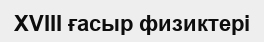
XVIII ғасыр физиктері